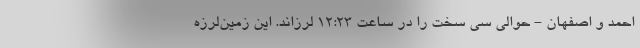
احمد و اصفهان - حوالی سی سخت را در ساعت ۱۲:۲۳ لرزاند. این زمین‌لرزه